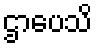
ဌာပေသိ